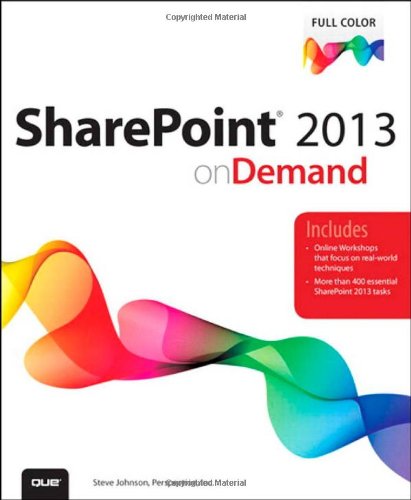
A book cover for SharePoint 2013 on Demand; Steve Johnson; Computers & Technology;